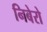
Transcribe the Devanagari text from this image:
निबेरो